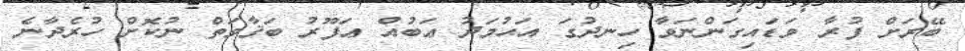
ބޭރަށް ފުރާ ވަޑައިގަންނަވާ ހިނދުގަ އަޙުމަދު ޢަބުއް ޢަފޫރު ބަޤާވަތް ނުކޮށް ހުރެދާނެ